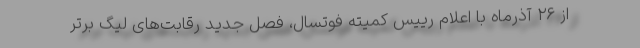
از ۲۶ آذرماه با اعلام رییس کمیته فوتسال، فصل جدید رقابت‌های لیگ برتر